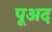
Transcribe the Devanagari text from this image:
पूअद